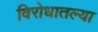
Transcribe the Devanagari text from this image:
विरोधातल्या